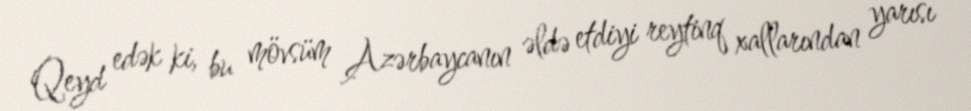
Qeyd edək ki, bu mövsüm Azərbaycanın əldə etdiyi reytinq xallarından yarısı